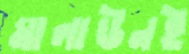
মালাউনই